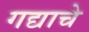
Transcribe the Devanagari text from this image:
गद्याचे